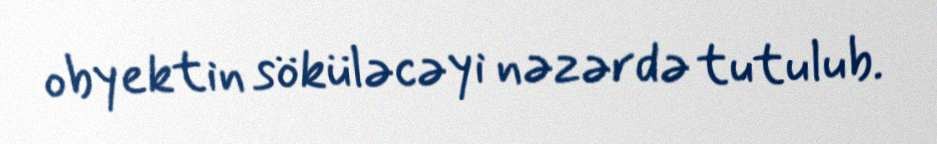
obyektin söküləcəyi nəzərdə tutulub.